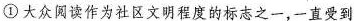
①大众阅读作为社区文明程度的标志之一，一直受到